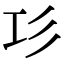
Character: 㣉